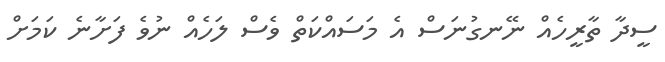
ސީދާ ތާރީހެއް ނޭނގުނަސް އެ މަސައްކަތް ވެސް ލަހެއް ނުވެ ފަށާނެ ކަމަށް